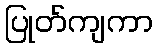
ပြုတ်ကျကာ